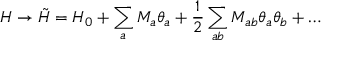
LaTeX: H \rightarrow \tilde { H } = H _ { 0 } + \sum _ { a } M _ { a } \theta _ { a } + \frac { 1 } { 2 } \sum _ { a b } M _ { a b } \theta _ { a } \theta _ { b } + \ldots